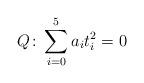
LaTeX: \begin{align*}Q \colon \sum_{i=0}^5 a_i t_i^2 = 0\end{align*}